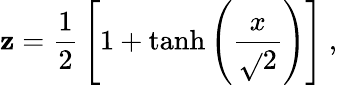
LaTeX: \mathbf{z}={\frac{{1}}{{2}}}\left[1+\operatorname{tanh}\left({\frac{{x}}{{\sqrt{}{{2}}}}}\right)\right]\ ,